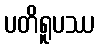
ပတိရူပဿ